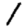
Digit: 1